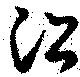
沿